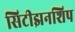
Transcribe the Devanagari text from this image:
सिटीझनशिप